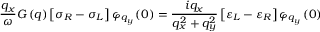
\frac { { { q } _ { x } } } { \omega } G \left( q \right) \left[ { { \sigma } _ { R } } - { { \sigma } _ { L } } \right] { { \varphi } _ { { { q } _ { y } } } } \left( 0 \right) = \frac { i { { q } _ { x } } } { q _ { x } ^ { 2 } + q _ { y } ^ { 2 } } \left[ { { \varepsilon } _ { L } } - { { \varepsilon } _ { R } } \right] { { \varphi } _ { { { q } _ { y } } } } \left( 0 \right)